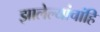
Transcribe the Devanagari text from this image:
झालेल्यांचांहि